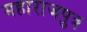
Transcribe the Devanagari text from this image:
महाराजपुत्र